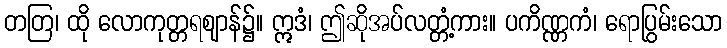
တတြ၊ ထို လောကုတ္တရဈာန်၌။ ဣဒံ၊ ဤဆိုအပ်လတ္တံ့ကား။ ပကိဏ္ဏကံ၊ ရောပြွမ်းသော